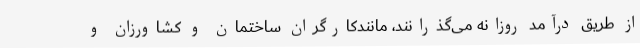
از طریق درآمد روزانه می‌گذرانند، مانندکارگران ساختمان و کشاورزان و